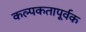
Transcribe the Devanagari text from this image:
कल्पकतापूर्वक